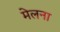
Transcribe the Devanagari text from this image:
मेलना